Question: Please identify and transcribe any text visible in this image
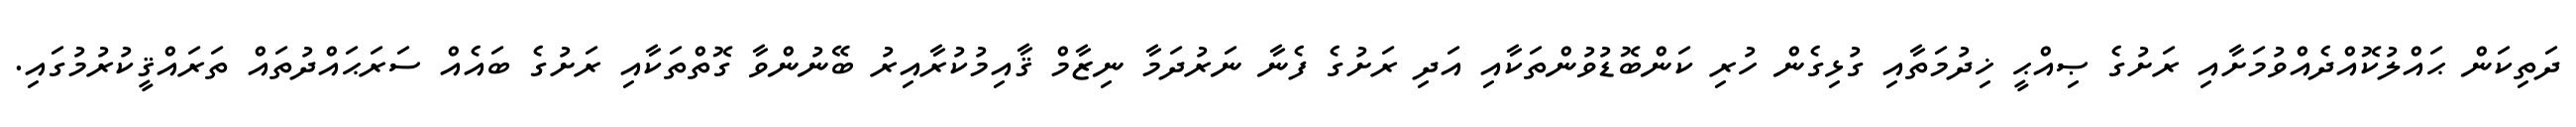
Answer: ދަތިކަން ޙައްލުކޮއްދެއްވުމަށާއި ރަށުގެ ޞިއްޙީ ޚިދުމަތާއި ގުޅިގެން ހުރި ކަންބޮޑުވުންތަކާއި އަދި ރަށުގެ ފެނާ ނަރުދަމާ ނިޒާމް ޤާއިމުކުރާއިރު ބޭނުންވާ ގޮތްތަކާއި ރަށުގެ ބައެއް ސަރަޙައްދުތައް ތަރައްޤީކުރުމުގައި.